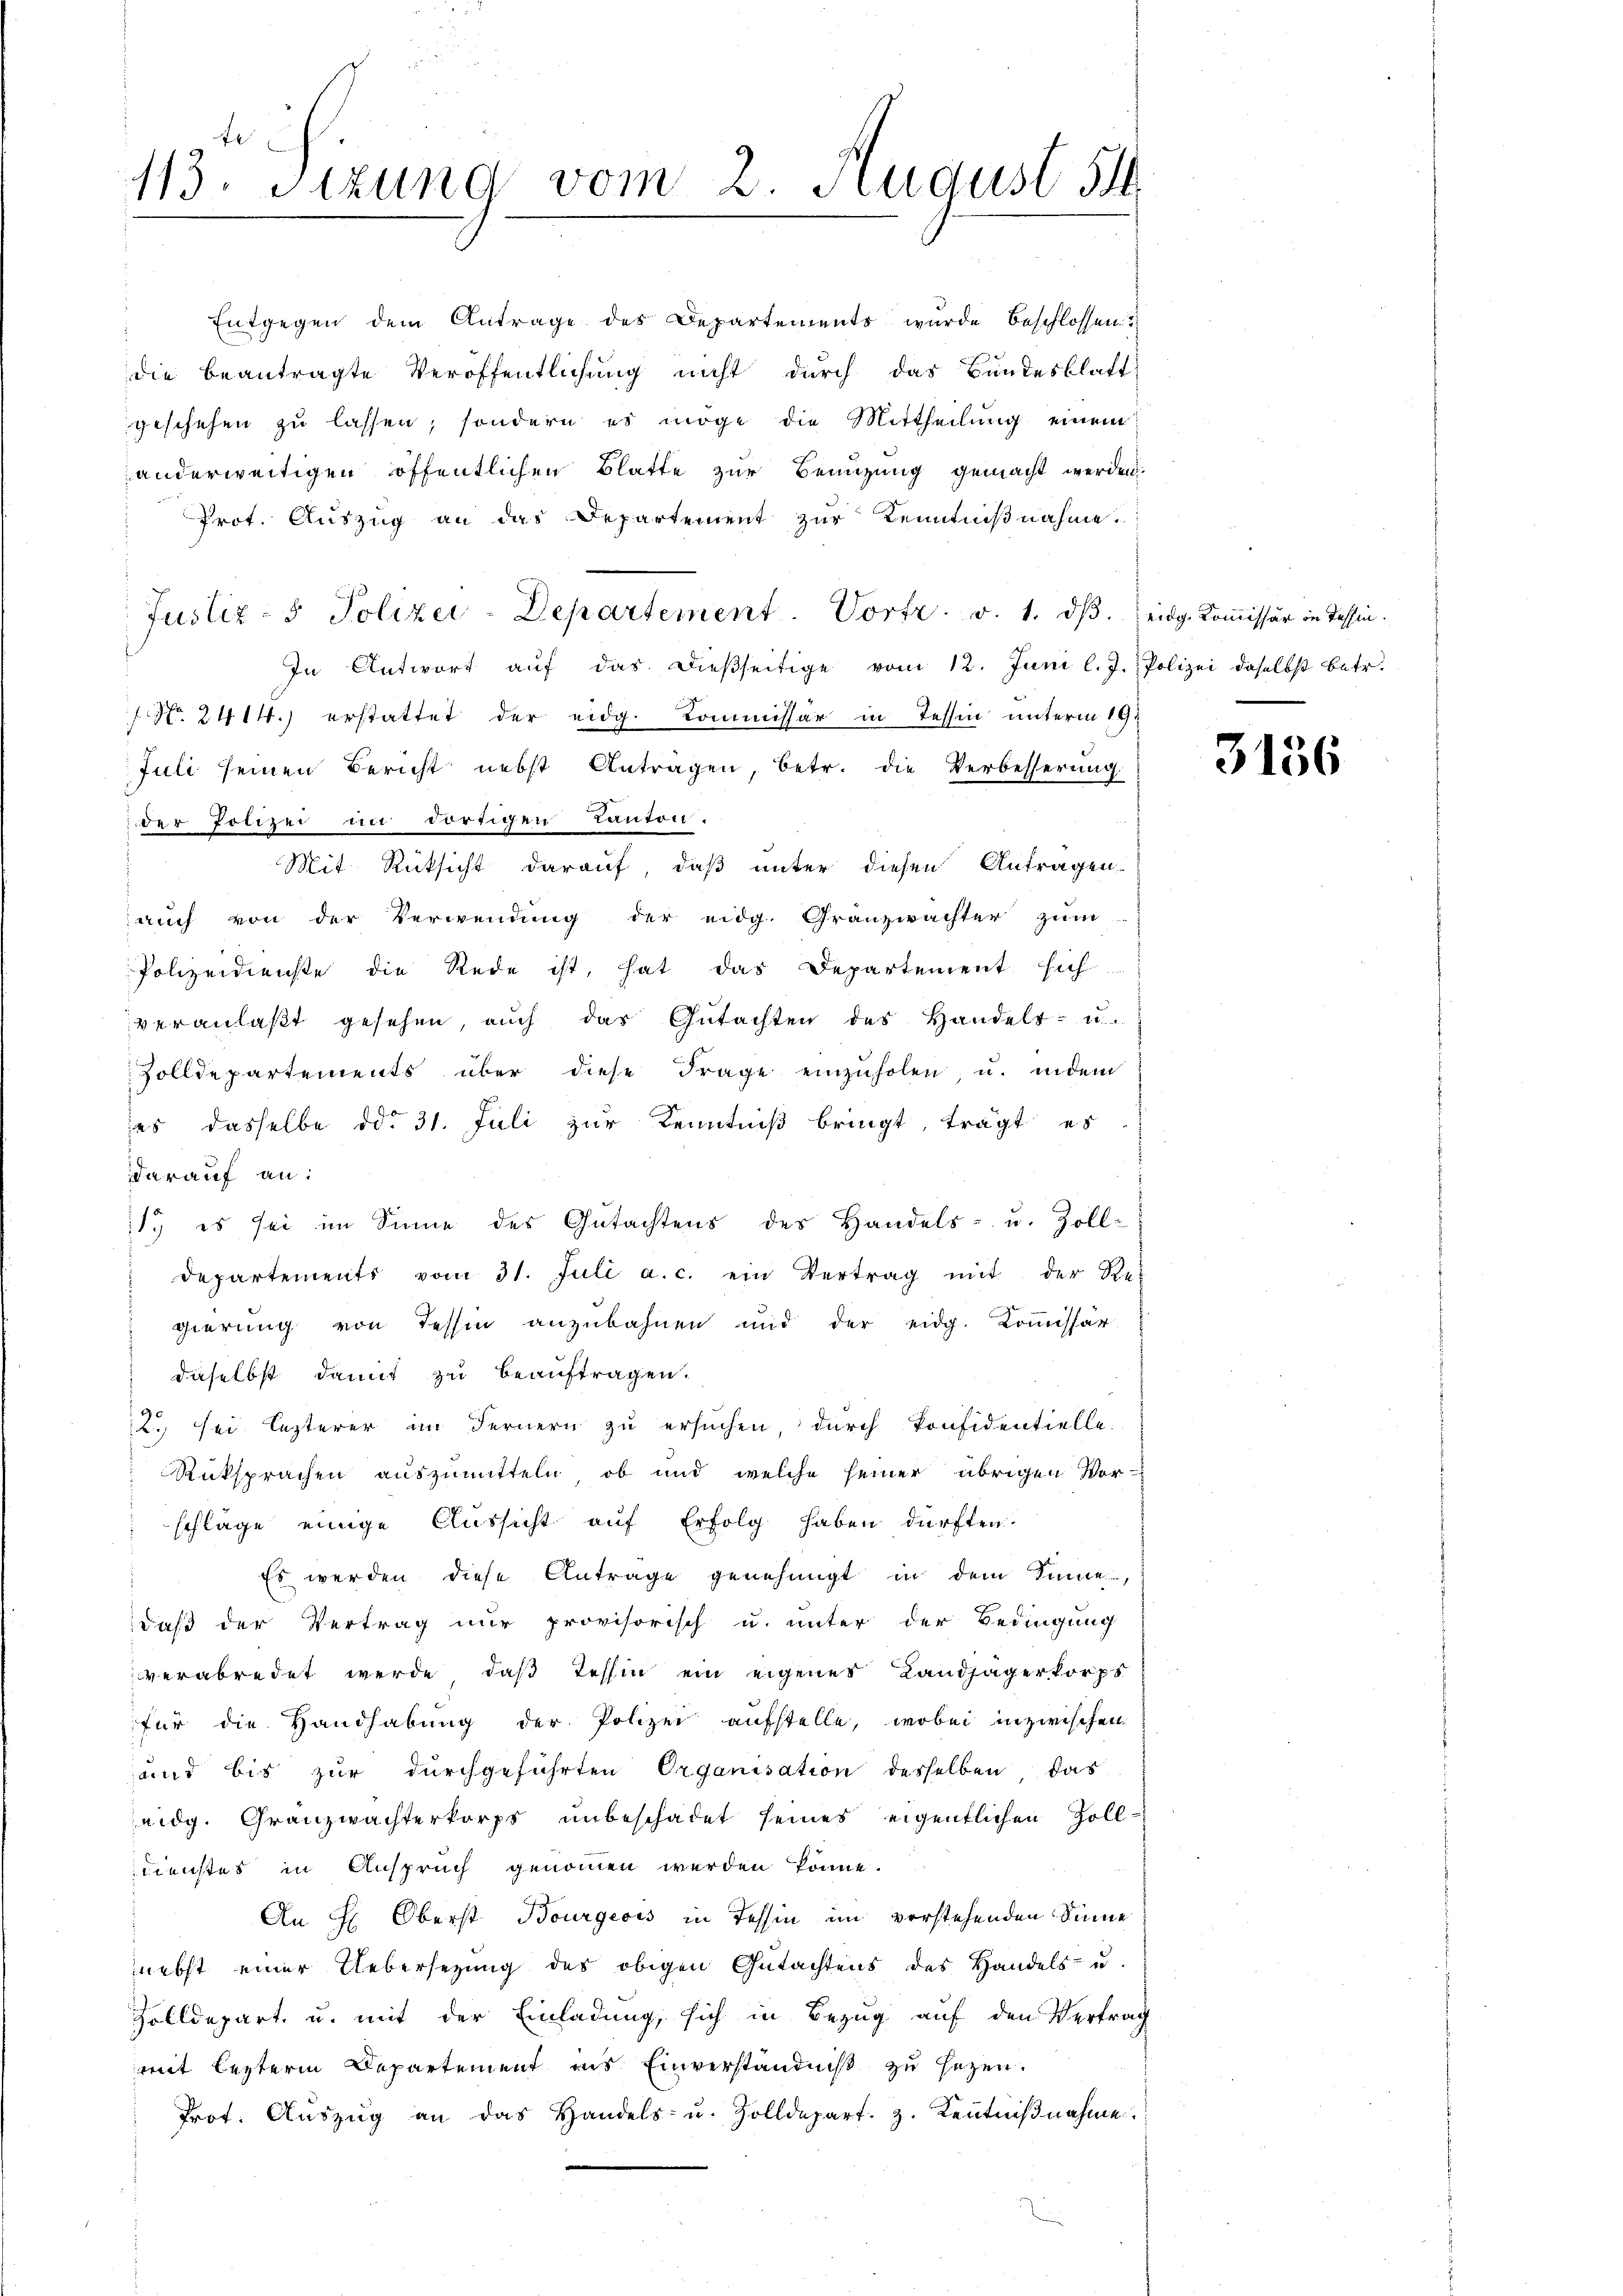
fe
113. Sizung vom 2. August 51

Prot. Auszug an das Departement zur Kenntnißnahme.
Justiz- & Polizei-Departement. Vortr. v. 1. dβ. eidg. Kommissär in Tessin.
In Antwort aŭf das dieβseitige vom 12. Juni l. J. Polizei daselbst betr.
 No. 2414.) erstattet der eidg. Kommissär in Tessin unterm 19t
Juli seinen Bericht nebst Antragen, betr. die Verbesserung
der Polizei in dortigen Canton.
Mit Rücksicht darauf, daß unter diesen Antragen
auch von der Verwendung der eidg. Granzwachter zum
Polizeidienste die Rede ist, hat das Departement sich
veranlaßt gesehen, auch das Gutachten des Handels- u.
Zolldepartements über diese Frage einzŭholen, u. indem
ses dasselbe ddo 31. Juli zur Kenntniß bringt, trägt es
darauf an:
11. es sei im Sinne des Gutachtens des Handels- u. Zoll-
departements vom 31. Juli a. c. ein Vertrag mit der Re-
gierung von Tessin anzubahnen und der eidg. Koṁissär
daselbst damit zu beauftragen.
2., sei lezterer im Fernern zu ersuchen, durch konfidentielle
Rüksprachen auszumitteln, ob und welche seiner übrigen Vorschläge einige Aussicht auf Erfolg haben dürften.
Es werden diese Antrage genehmigt in dem Sinne,
daß der Vertrag nur provisorisch u. unter der Bedingung
verabredet werde, das Tessin ein eigenes Landjägerkorps
für die Handhabung der Polizei aufstelle, wobei inzwischen
und bis zur durchgeführten Organisation desselben das
eidg. Granzwachterkorps unbeschadet seines eigentlichen Soll¬
Dienstes in Anspruch genommen werden könne.
An H: Oberst Bourgeois in Tessin im vorstehenden Sinne
nebst einer Uebersetzung des obigen Gutachtens des Handels- u.
Zolldepart, u. mit der Einladung, sich in Bezug auf den Vertrag
mit lezterm Departement ins Einverständniß zu sezen.
Prot. Aŭszŭg an das Handels- u. Zolldepart. 3. Keṅtniβnahme.

Entgegen dem Antrage des Departements wurde beschlossen
die beantragte Veröffentlichung nicht durch das Bundesblatt
geschehen zu lassen, sondern es möge die Mittheilung einem
anderweitigen öffentlichen Blatte zur Benuzung gemacht werden.

3156